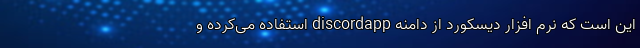
این است که نرم افزار دیسکورد از دامنه discordapp استفاده می‌کرده و